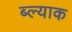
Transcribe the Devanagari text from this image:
ब्ल्याक